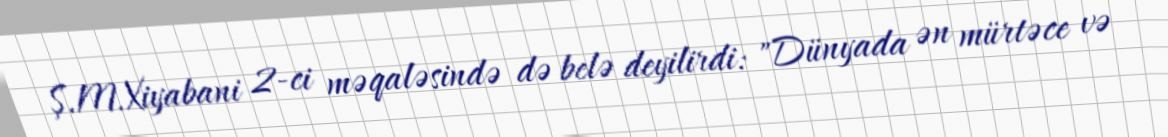
Ş.M.Xiyabani 2-ci məqaləsində də belə deyilirdi: "Dünyada ən mürtəce və